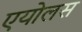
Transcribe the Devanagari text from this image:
एयोलस